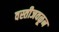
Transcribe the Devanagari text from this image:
वस्तीजवळून